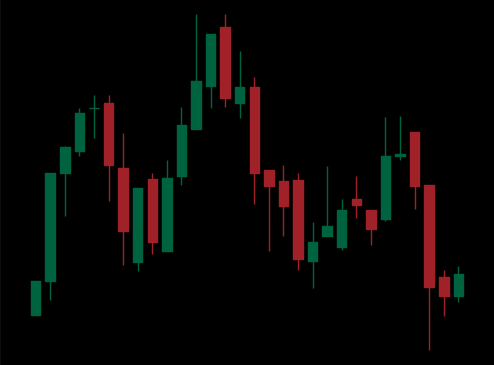
Pattern: head_shoulders